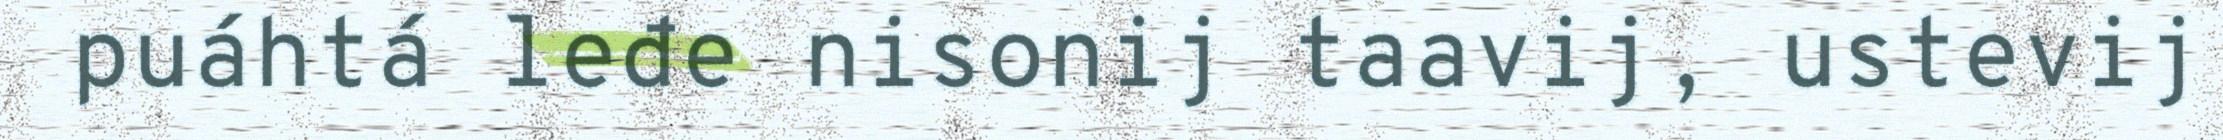
puáhtá leđe nisonij taavij, ustevij